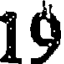
19